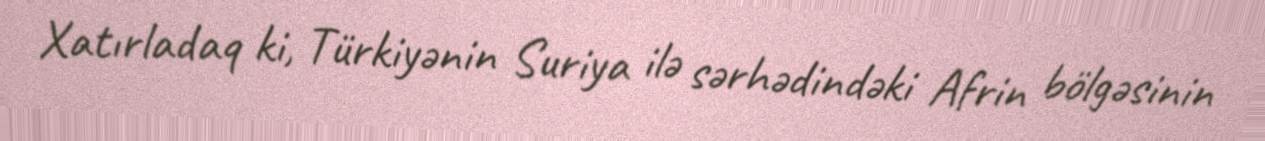
Xatırladaq ki, Türkiyənin Suriya ilə sərhədindəki Afrin bölgəsinin